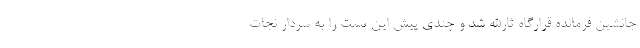
جانشین فرمانده قرارگاه ثارالله شد و چندی پیش این پست را به سردار نجات